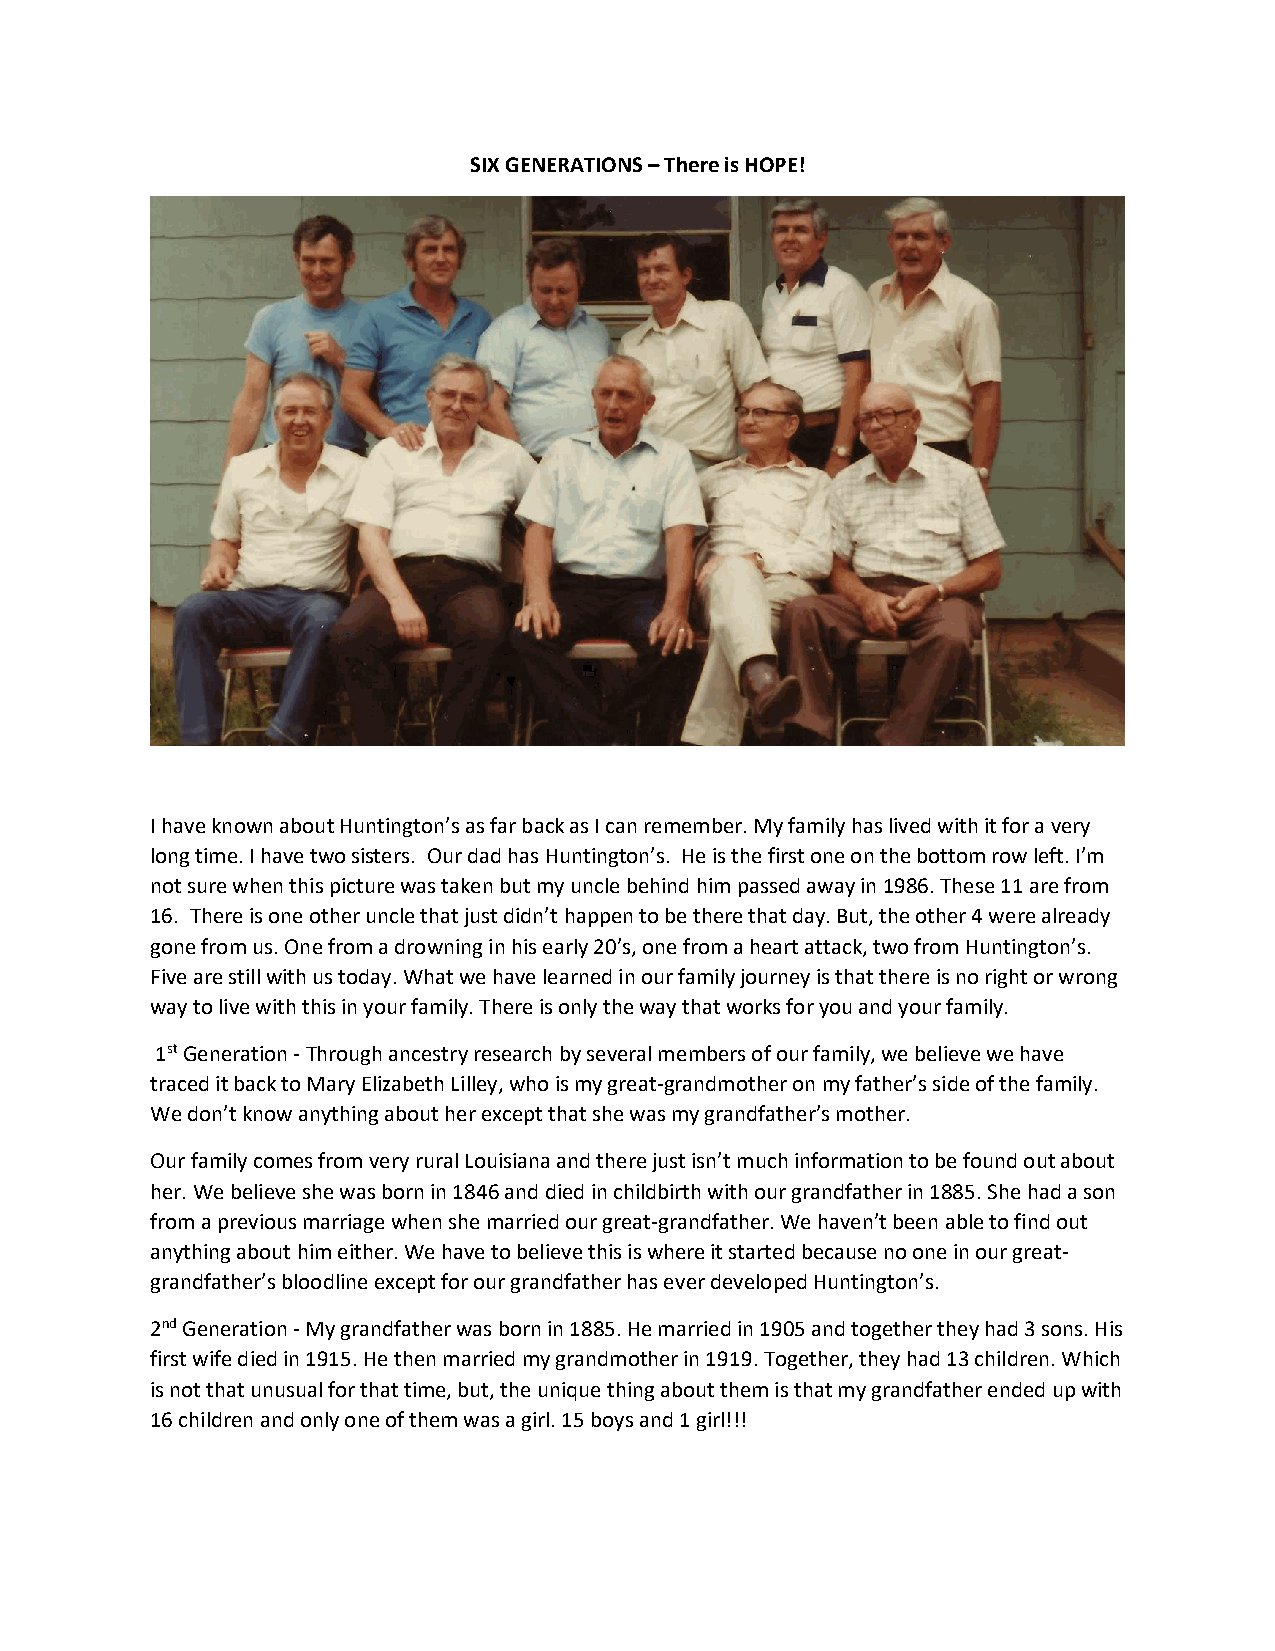
SIX GENERATIONS – There is HOPE!
 I have known about Huntington’s as far back as I can remember. My family has lived with it for a very
 long time. I have two sisters. Our dad has Huntington’s. He is the first one on the bottom row left. I’m
 not sure when this picture was taken but my uncle behind him passed away in 1986. These 11 are from
 16. There is one other uncle that just didn’t happen to be there that day. But, the other 4 were already
 gone from us. One from a drowning in his early 20’s, one from a heart attack, two from Huntington’s.
 Five are still with us today. What we have learned in our family journey is that there is no right or wrong
 way to live with this in your family. There is only the way that works for you and your family.
 1st Generation - Through ancestry research by several members of our family, we believe we have
 traced it back to Mary Elizabeth Lilley, who is my great-grandmother on my father’s side of the family.
 We don’t know anything about her except that she was my grandfather’s mother.
 Our family comes from very rural Louisiana and there just isn’t much information to be found out about
 her. We believe she was born in 1846 and died in childbirth with our grandfather in 1885. She had a son
 from a previous marriage when she married our great-grandfather. We haven’t been able to find out
 anything about him either. We have to believe this is where it started because no one in our great-
 grandfather’s bloodline except for our grandfather has ever developed Huntington’s.
 2nd Generation - My grandfather was born in 1885. He married in 1905 and together they had 3 sons. His
 first wife died in 1915. He then married my grandmother in 1919. Together, they had 13 children. Which
 is not that unusual for that time, but, the unique thing about them is that my grandfather ended up with
 16 children and only one of them was a girl. 15 boys and 1 girl!!!